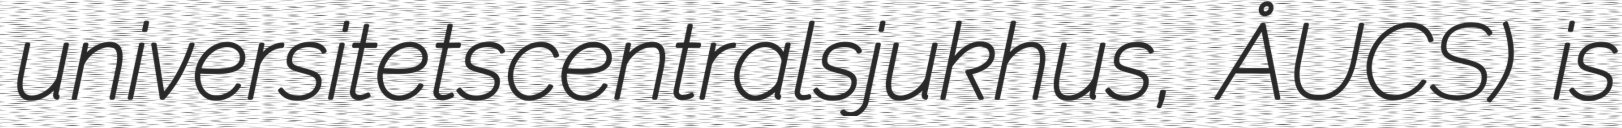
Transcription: universitetscentralsjukhus, ÅUCS) is